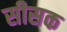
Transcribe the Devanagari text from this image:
सीसक